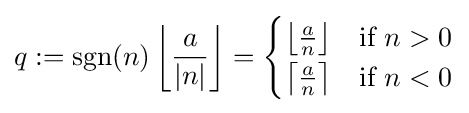
q:=\operatorname {sgn}(n)\left\lfloor {\frac {a}{\left|n\right|}}\right\rfloor ={\begin{cases}\left\lfloor {\frac {a}{n}}\right\rfloor &{\text{if }}n>0\\\left\lceil {\frac {a}{n}}\right\rceil &{\text{if }}n<0\\\end{cases}}